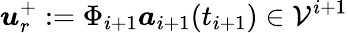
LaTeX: \boldsymbol{u}_{r}^{+}:=\Phi_{i+1}\boldsymbol{a}_{i+1}(t_{i+1})\in\mathcal{V}^{i+1}